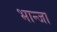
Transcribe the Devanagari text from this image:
भान्जा